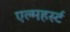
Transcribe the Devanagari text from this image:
एल्महर्स्ट